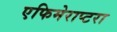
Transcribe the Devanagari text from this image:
एफिमेराप्टरा